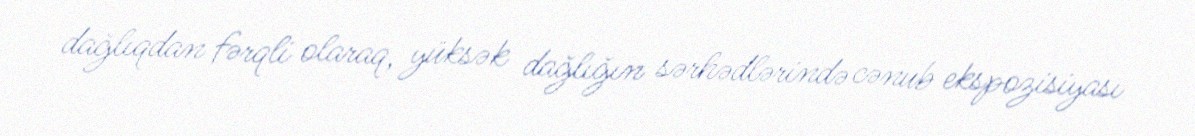
dağlıqdan fərqli olaraq, yüksək dağlığın sərhədlərində cənub ekspozisiyası